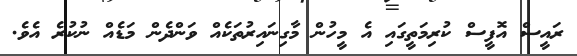
ރައީސް އޮފީސް ކުރިމަތީގައި އެ މީހުން މާގިނައިރުތަކެއް ވަންދެން މަޑެއް ނުކުރެ އެވެ.